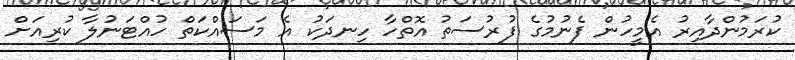
ކުރަމުންދާއިރު އެމީހުން ފެނުމުގެ ފުރުސަތު އޮތްހާ ހިނދަކު އެ މަސައްކަތް ހުއްޓަނުލާ ކުރިއަށް